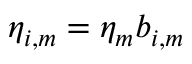
\eta _ { i , m } = \eta _ { m } b _ { i , m }